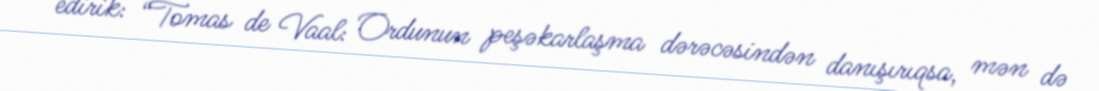
edirik: “Tomas de Vaal: Ordunun peşəkarlaşma dərəcəsindən danışırıqsa, mən də